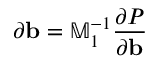
\partial \mathbf { b } = \mathbb { M } _ { 1 } ^ { - 1 } \frac { \partial P } { \partial { \mathbf b } }